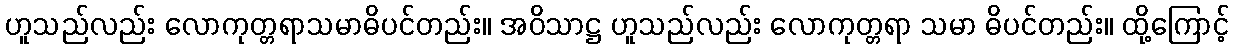
ဟူသည်လည်း လောကုတ္တရာသမာဓိပင်တည်း။ အဝိသာဋ္ဌ ဟူသည်လည်း လောကုတ္တရာ သမာ ဓိပင်တည်း။ ထို့ကြောင့်